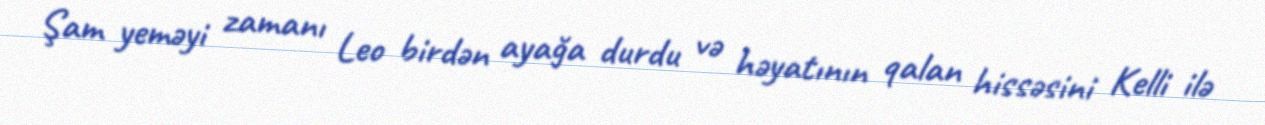
Şam yeməyi zamanı Leo birdən ayağa durdu və həyatının qalan hissəsini Kelli ilə